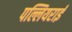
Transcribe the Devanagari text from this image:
पल्लियराई